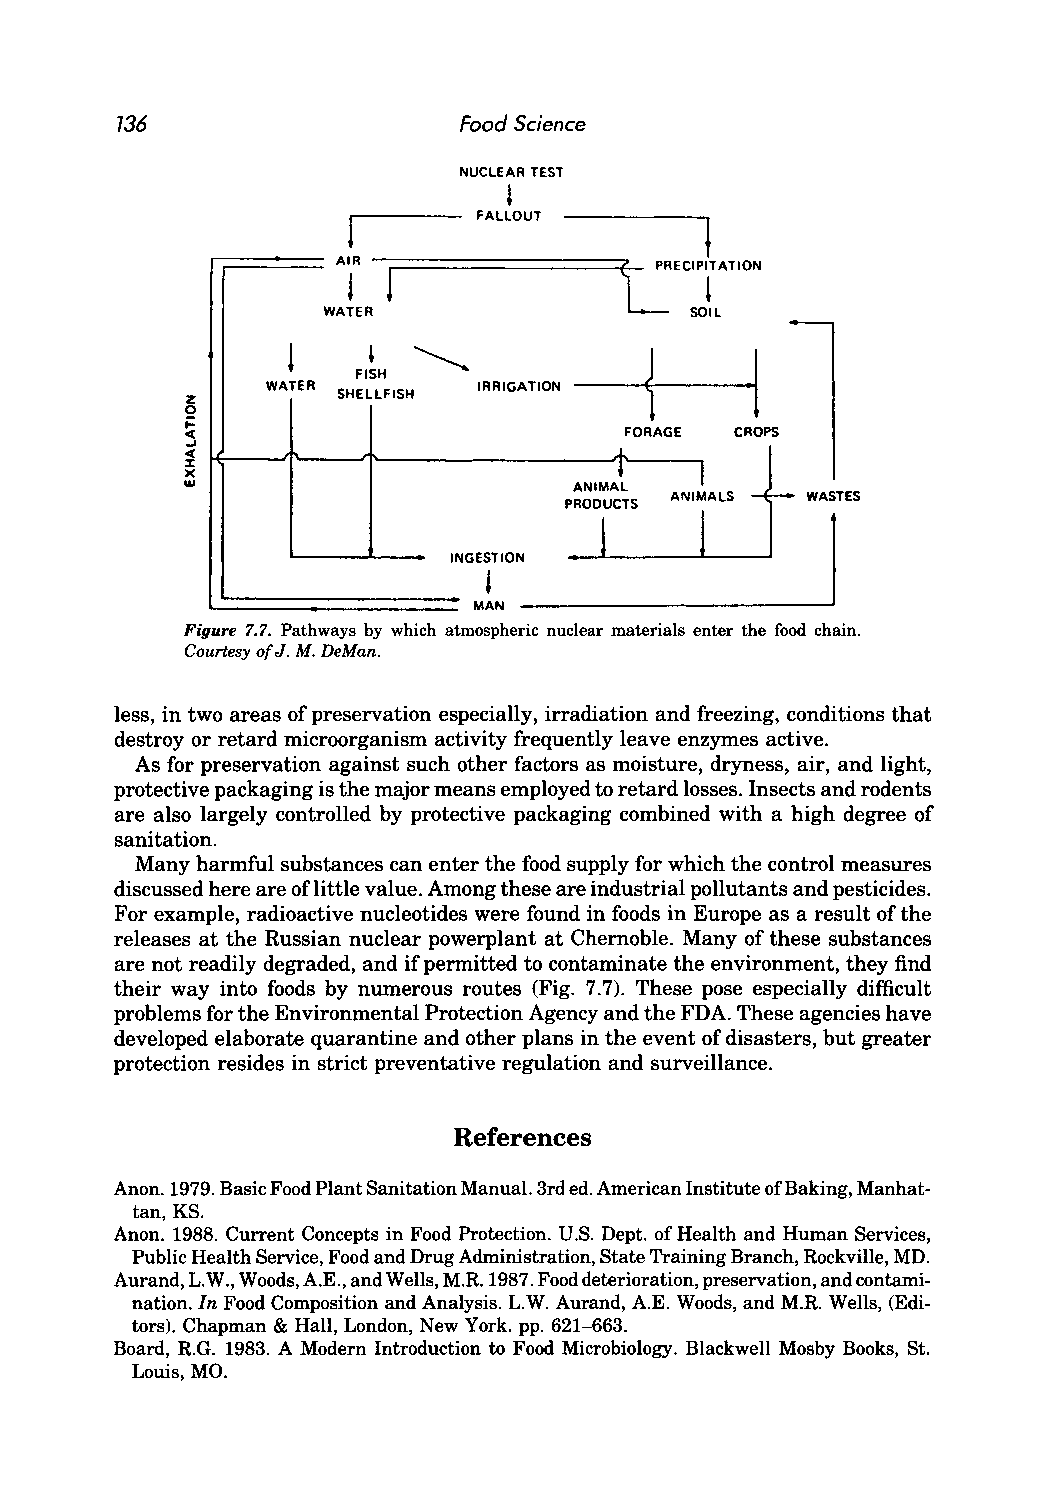
136                   Food Science
 ,
 NUCLEAR TEST
 FALLOUT        l
 r;:==~=== AIR -;==================:::::;~L PP fRECIPlTATION
 L
 WATER                    SOIL
 FISH                     .\
 WATER         IRRIGATION
 z         SHELLFISH
 o
 j:
 c(                           FORAGE  CROPS
 ~                            J.
 ~
 x                         ANIM~~  I
 w
 ANIMALS  WASTES
 PRODUCTS
 --,"----,1----1
 INGESTION
 ~
 MAN
 Figure 7.7. Pathways by which atmospheric nuclear materials enter the food chain.
 Courtesy of J. M. DeMan.
 less, in two areas of preservation especially, irradiation and freezing, conditions that
 destroy or retard microorganism activity frequently leave enzymes active.
 As for preservation against such other factors as moisture, dryness, air, and light,
 protective packaging is the major means employed to retard losses. Insects and rodents
 are also largely controlled by protective packaging combined with a high degree of
 sanitation.
 Many harmful substances can enter the food supply for which the control measures
 discussed here are oflittle value. Among these are industrial pollutants and pesticides.
 For example, radioactive nucleotides were found in foods in Europe as a result of the
 releases at the Russian nuclear powerplant at Chernoble. Many of these substances
 are not readily degraded, and if permitted to contaminate the environment, they find
 their way into foods by numerous routes (Fig. 7.7). These pose especially difficult
 problems for the Environmental Protection Agency and the FDA. These agencies have
 developed elaborate quarantine and other plans in the event of disasters, but greater
 protection resides in strict preventative regulation and surveillance.
 References
 Anon. 1979. Basic Food Plant Sanitation Manual. 3rd ed. American Institute of Baking, Manhat
 tan, KS.
 Anon. 1988. Current Concepts in Food Protection. U.S. Dept. of Health and Human Services,
 Public Health Service, Food and Drug Administration, State Training Branch, Rockville, MD.
 Aurand, L.W., Woods, A.E., and Wells, M.R. 1987. Food deterioration, preservation, and contami
 nation. In Food Composition and Analysis. L.W. Aurand, A.E. Woods, and M.R. Wells, (Edi
 tors). Chapman & Hall, London, New York. pp. 621-663.
 Board, R.G. 1983. A Modern Introduction to Food Microbiology. Blackwell Mosby Books, St.
 Louis, MO.